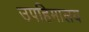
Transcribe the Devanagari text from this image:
उपहिमालय